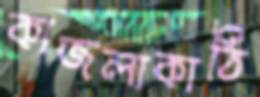
কাজলাকাঠি